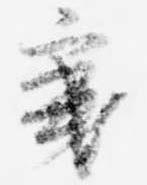
秉